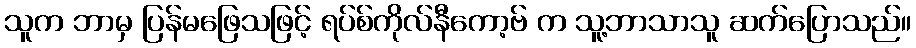
သူက ဘာမှ ပြန်မဖြေသဖြင့် ရပ်စ်ကိုလ်နီကော့ဗ် က သူ့ဘာသာသူ ဆက်ပြောသည်။